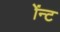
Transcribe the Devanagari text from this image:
ॲन्ट